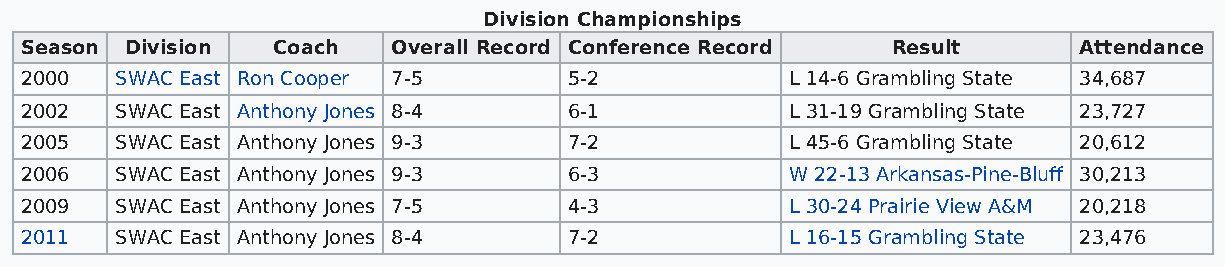
Division Championships
 Season Division  Coach   Overall Record Conference Record Result      Attendance
 2000   SWAC East Ron Cooper 7-5      5-2           L 14-6 Grambling State 34,687
 2002   SWAC East Anthony Jones 8-4   6-1           L 31-19 Grambling State 23,727
 2005   SWAC East Anthony Jones 9-3   7-2           L 45-6 Grambling State 20,612
 2006   SWAC East Anthony Jones 9-3   6-3           W 22-13 Arkansas-Pine-Bluff 30,213
 2009   SWAC East Anthony Jones 7-5   4-3           L 30-24 Prairie View A&M 20,218
 2011   SWAC East Anthony Jones 8-4   7-2           L 16-15 Grambling State 23,476